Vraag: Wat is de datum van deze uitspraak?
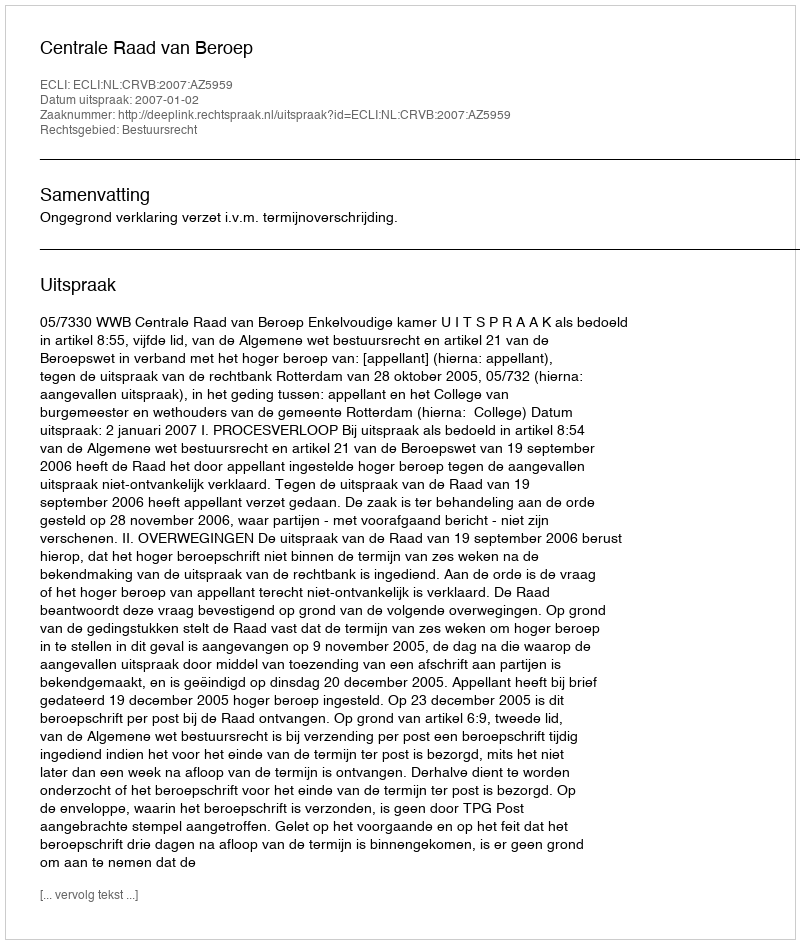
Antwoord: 2007-01-02